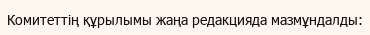
Комитеттің құрылымы жаңа редакцияда мазмұндалды: